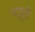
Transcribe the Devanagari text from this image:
मज़ूरी